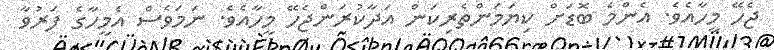
ޖެހޭ މީހާއެވެ. އެންމެ ބޮޑަށް ކިޔަމަންތެރިކަން އަދާކުރަންޖެހޭ މީހާއެވެ. ނަމަވެސް އެމީހާގެ ފަރުވާ